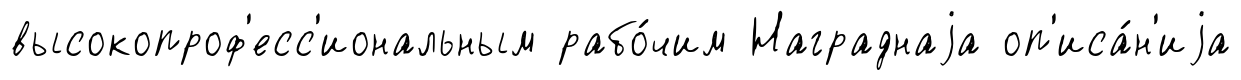
высокопроф'есс'иональным рабо́чим Награднаjа оп'иса́н'иjа